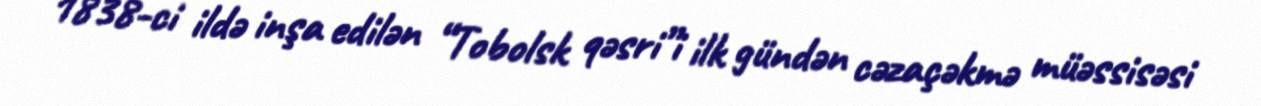
1838-ci ildə inşa edilən “Tobolsk qəsri”i ilk gündən cəzaçəkmə müəssisəsi